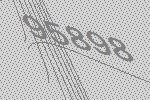
95898